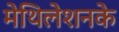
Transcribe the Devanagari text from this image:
मेथिलेशनके